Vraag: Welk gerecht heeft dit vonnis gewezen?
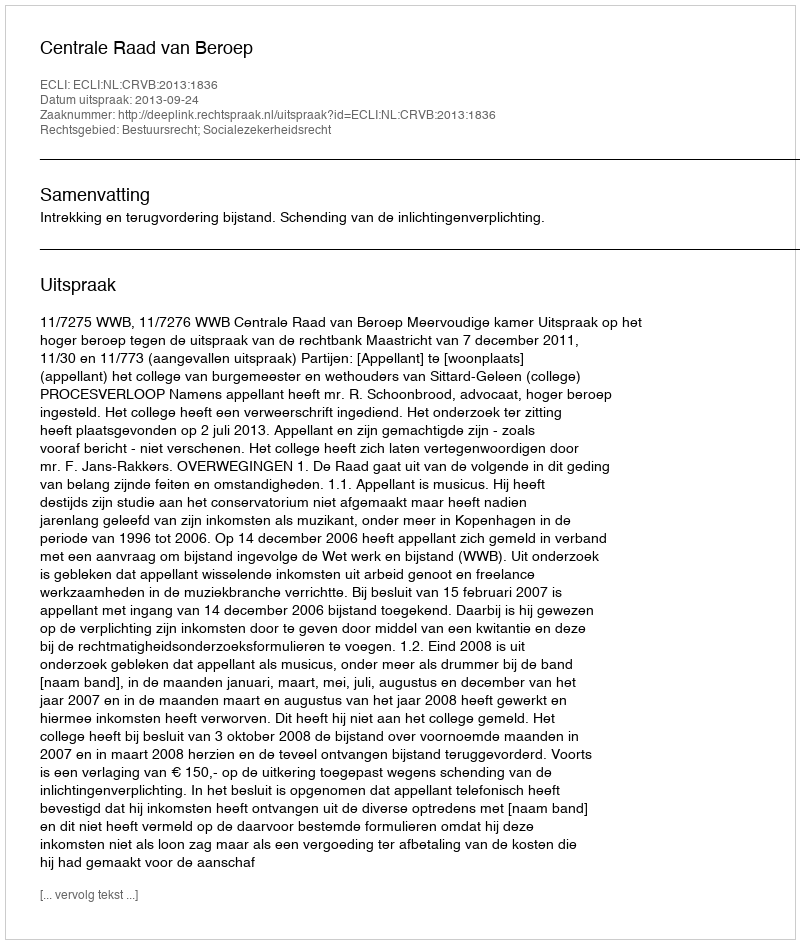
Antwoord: Centrale Raad van Beroep